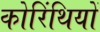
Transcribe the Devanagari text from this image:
कोरिंथियों